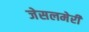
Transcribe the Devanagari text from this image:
जेसलमेरी